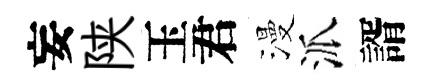
妄陕玉君漫派諝